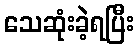
သေဆုံးခဲ့ရပြီး